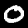
Digit: 0